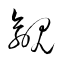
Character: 覦